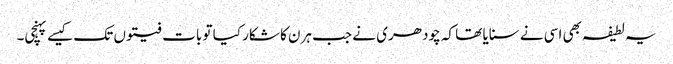
یہ لطیفہ بھی اسی نے سنایا تھا کہ چودھری نے جب ہرن کا شکار کیا تو بات فیتوں تک کیسے پہنچی۔